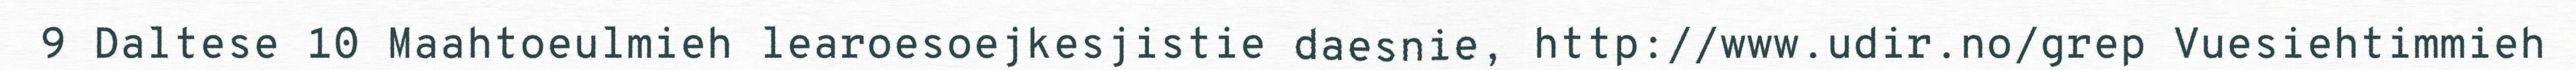
9 Daltese 10 Maahtoeulmieh learoesoejkesjistie daesnie, http://www.udir.no/grep Vuesiehtimmieh